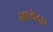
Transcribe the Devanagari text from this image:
आवेदार